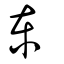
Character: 東